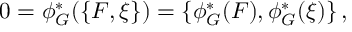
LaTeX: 0 = \phi _ { G } ^ { * } ( \{ F , \xi \} ) = \{ \phi _ { G } ^ { * } ( F ) , \phi _ { G } ^ { * } ( \xi ) \} \, ,